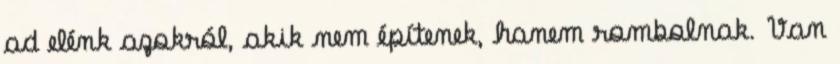
ad elénk azokról, akik nem építenek, hanem rombolnak. Van